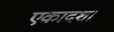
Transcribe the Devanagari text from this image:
एकादश।